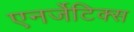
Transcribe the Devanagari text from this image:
एनर्जेटिक्स